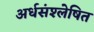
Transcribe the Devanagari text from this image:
अर्धसंश्लेषित